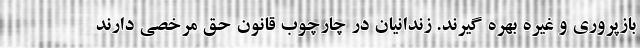
بازپروری و غیره بهره گیرند. زندانیان در چارچوب قانون حق مرخصی دارند